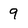
Character: 9